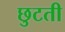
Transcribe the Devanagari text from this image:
छुटती